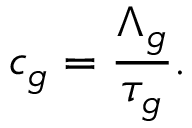
c _ { g } = { \frac { \Lambda _ { g } } { \tau _ { g } } } .